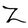
Character: Z